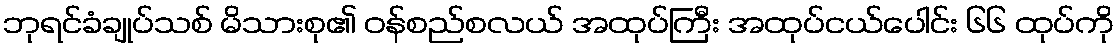
ဘုရင်ခံချုပ်သစ် မိသားစု၏ ဝန်စည်စလယ် အထုပ်ကြီး အထုပ်ငယ်ပေါင်း ၆၆ ထုပ်ကို